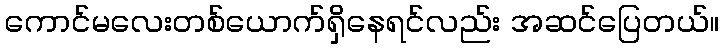
ကောင်မလေးတစ်ယောက်ရှိနေရင်လည်း အဆင်ပြေတယ်။